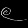
Digit: ၉